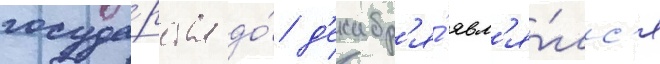
госуда́рства до́ д'екабр'я́ явл'я́лс'я